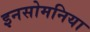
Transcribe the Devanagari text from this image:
इनसोमनिया